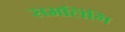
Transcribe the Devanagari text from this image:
समलिंगि